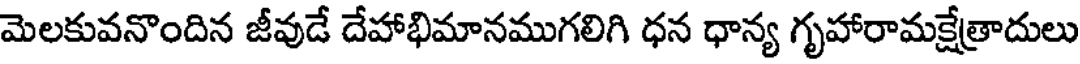
మెలకువనొందిన జీవుడే దేహాభిమానముగలిగి ధన ధాన్య గృహారామక్షేత్రాదులు